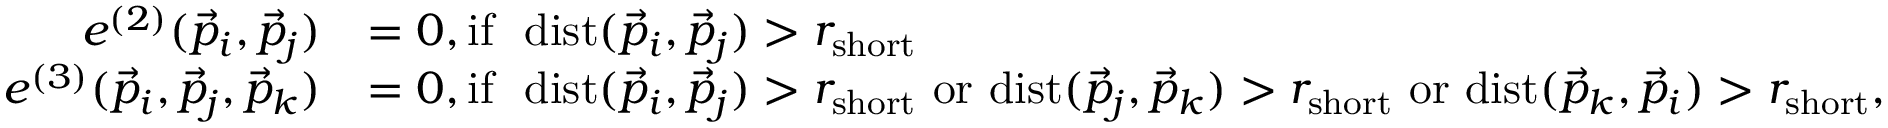
\begin{array} { r l } { e ^ { ( 2 ) } ( \vec { p } _ { i } , \vec { p } _ { j } ) } & { = 0 , \mathrm { i f } \ \ \mathrm { d i s t } ( \vec { p } _ { i } , \vec { p } _ { j } ) > r _ { \mathrm { s h o r t } } } \\ { e ^ { ( 3 ) } ( \vec { p } _ { i } , \vec { p } _ { j } , \vec { p } _ { k } ) } & { = 0 , \mathrm { i f } \ \ \mathrm { d i s t } ( \vec { p } _ { i } , \vec { p } _ { j } ) > r _ { \mathrm { s h o r t } } \ \mathrm { o r } \ \mathrm { d i s t } ( \vec { p } _ { j } , \vec { p } _ { k } ) > r _ { \mathrm { s h o r t } } \ \mathrm { o r } \ \mathrm { d i s t } ( \vec { p } _ { k } , \vec { p } _ { i } ) > r _ { \mathrm { s h o r t } } , } \end{array}